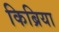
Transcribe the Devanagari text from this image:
किब्रिया